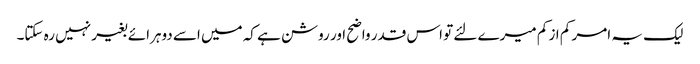
لیک یہ امر کم از کم میرے لئے تو اس قدر واضح اور روشن ہے کہ میں اسے دوہرائے بغیر نہیں رہ سکتا۔